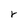
Character: r